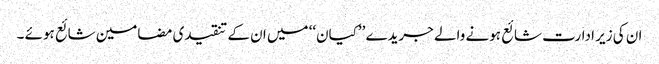
ان کی زیر ادارت شائع ہونے والے جریدے ’’کیان‘‘ میں ان کے تنقیدی مضامین شائع ہوئے ۔